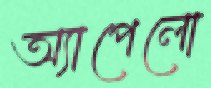
অ্যাপেলো